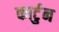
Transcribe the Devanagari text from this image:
कार्टुन